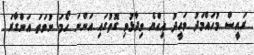
ރައީސް މުހައްމަދު ވަހީދު އިއްޔެ ވިދާޅުވި ގޮތުގައި އަންނަ ހޯމަ ނުވަތަ އަންގާރަ